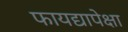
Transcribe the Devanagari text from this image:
फायद्यापेक्षा